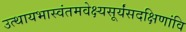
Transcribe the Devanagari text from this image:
उत्थायभास्वंतमवेक्ष्यसूर्यंसदक्षिणांवि